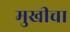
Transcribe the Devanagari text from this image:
मुखीचा